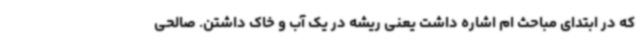
که در ابتدای مباحث ام اشاره داشت یعنی ریشه در یک آب و خاک داشتن. صالحی